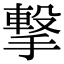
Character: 撃